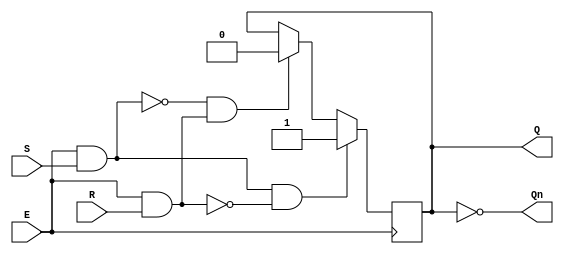
module gated_sr_latch (
    input wire S,      // Set input
    input wire R,      // Reset input
    input wire E,      // Enable input
    output reg Q,      // Output Q
    output wire Qn     // Complementary output Q'
);

// Internal signals for the gated inputs
wire S_gated;
wire R_gated;

// Gating logic for S and R based on Enable signal
assign S_gated = E & S; // S is allowed when E is high
assign R_gated = E & R; // R is allowed when E is high

// Always block to model the behavior of the gated SR latch
always @(posedge E) begin
    if (S_gated && !R_gated) begin
        Q <= 1'b1; // Set state
    end else if (!S_gated && R_gated) begin
        Q <= 1'b0; // Reset state
    end
    // If both S and R are high, maintain the previous state (no change)
end

// Complementary output
assign Qn = ~Q;

endmodule